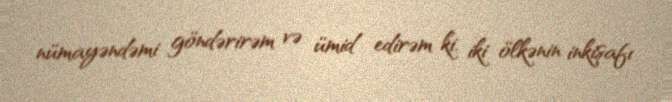
nümayəndəmi göndərirəm və ümid edirəm ki, iki ölkənin inkişafı